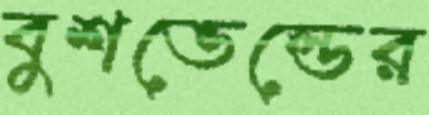
বুশভেল্ডের